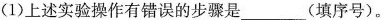
第26题图(1)上述实验操作有错误的步骤是___(填序号)。